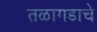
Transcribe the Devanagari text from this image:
तळागडाचे